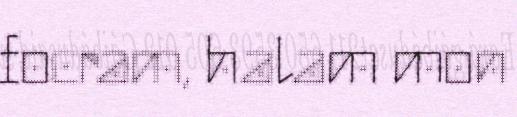
focram, halam mon